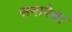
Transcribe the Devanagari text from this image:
सनापेक्षा